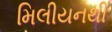
મિલીયનથી